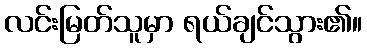
လင်းမြတ်သူမှာ ရယ်ချင်သွား၏။